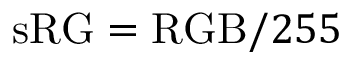
\mathrm { s R G } = \mathrm { R G B } / 2 5 5